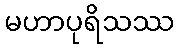
မဟာပုရိသဿ